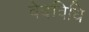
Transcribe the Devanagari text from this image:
वेदविधि